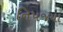
નિપજયા